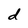
Character: d